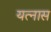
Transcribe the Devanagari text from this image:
यत्नास